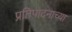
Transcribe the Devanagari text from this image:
प्रतिपादनाच्या